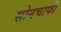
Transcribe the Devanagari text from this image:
सोनचाफी